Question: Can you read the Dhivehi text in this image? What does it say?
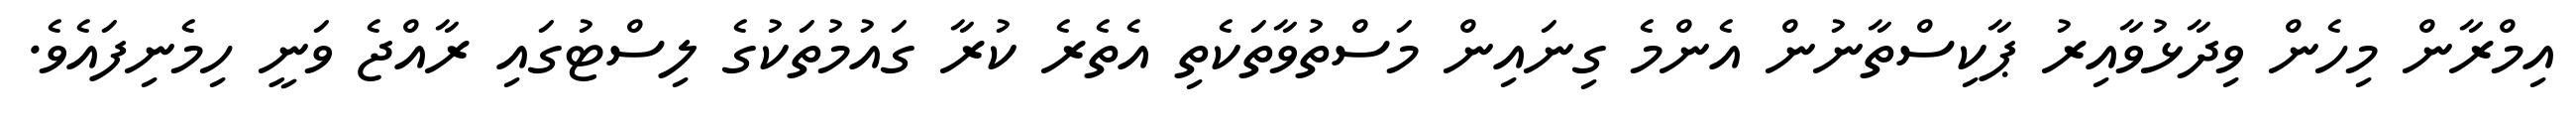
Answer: އިމްރާން މިހެން ވިދާޅުވާއިރު ޕާކިސްތާނުން އެންމެ ގިނައިން މަސްތުވާތަކެތި އެތެރެ ކުރާ ގައުމުތަކުގެ ލިސްޓުގައި ރާއްޖެ ވަނީ ހިމެނިފައެވެ.